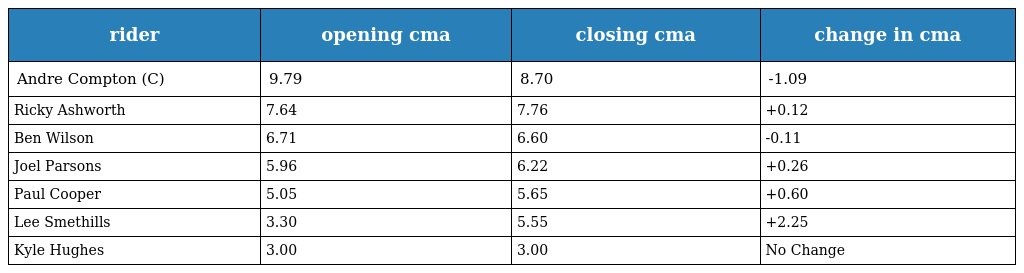
| rider | opening cma | closing cma | change in cma |
 | --- | --- | --- | --- |
 | Andre Compton (C) | 9.79 | 8.70 | -1.09 |
 | Ricky Ashworth | 7.64 | 7.76 | +0.12 |
 | Ben Wilson | 6.71 | 6.60 | -0.11 |
 | Joel Parsons | 5.96 | 6.22 | +0.26 |
 | Paul Cooper | 5.05 | 5.65 | +0.60 |
 | Lee Smethills | 3.30 | 5.55 | +2.25 |
 | Kyle Hughes | 3.00 | 3.00 | No Change |